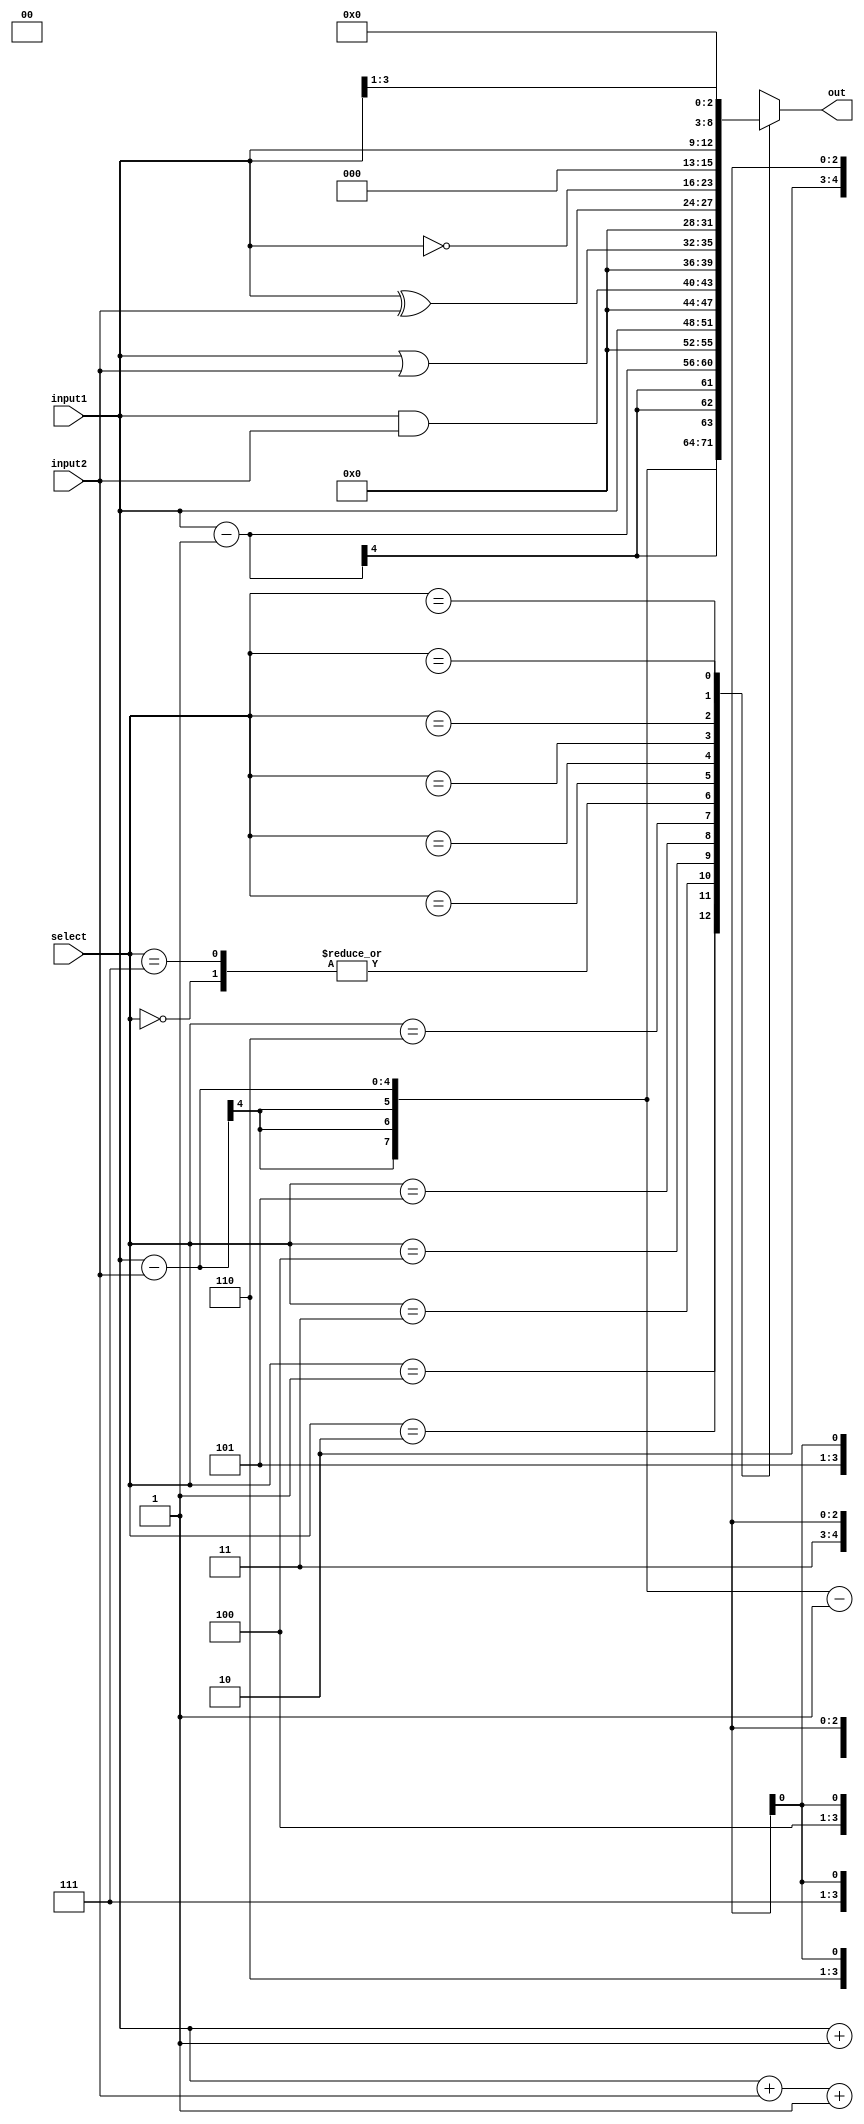
module ALSU(select, input1, input2, out);
	
	input [4:0] select;
	input [3:0] input1, input2;
	output [7:0] out;

	reg [7:0] out;
	always @(*)
	begin
	case(select)
		5'b00000: out = input1;
		5'b00001: out = input1 + 1;
		5'b00010: out = input1 + input2;
		5'b00011: out = input1 + input2 + 1;
		5'b00100: out = input1 - input2 - 1;
		5'b00101: out = input1 - input2;
		5'b00110: out = input1 - 1;
		5'b00111: out = input1;
		5'b0101x: out = input1 & input2;
		5'b0100x: out = input1 | input2;
		5'b0110x: out = input1 ^ input2;
		5'b0111x: out = ~input1;
		5'b10xxx: out = input1 << 1;
		5'b11xxx: out = input1 >> 1;
	endcase
	end
endmodule